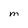
Character: M